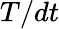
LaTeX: T/dt